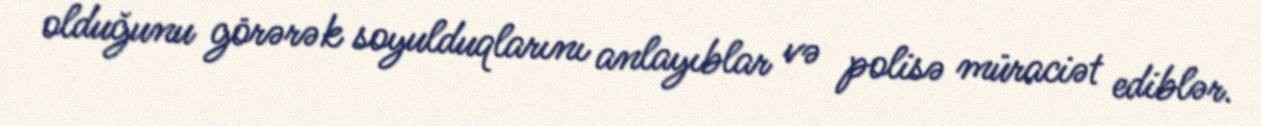
olduğunu görərək soyulduqlarını anlayıblar və polisə müraciət ediblər.